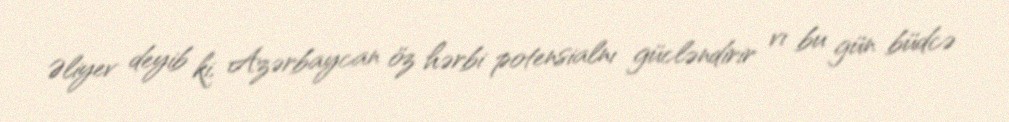
Əliyev deyib ki, Azərbaycan öz hərbi potensialnı gücləndirir vı bu gün büdcə